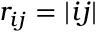
r _ { i j } = | \r _ { i j } |